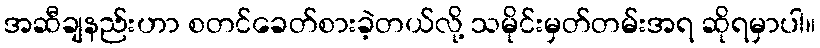
အဆီချနည်းဟာ စတင်ခေတ်စားခဲ့တယ်လို့ သမိုင်းမှတ်တမ်းအရ ဆိုရမှာပါ။